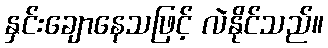
နှင်းချောနေသဖြင့် လဲနိုင်သည်။